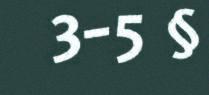
3-5 §